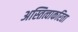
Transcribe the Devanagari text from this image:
अस्तित्वाकरिता